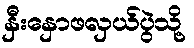
နှီးနှောဖလှယ်ပွဲသို့